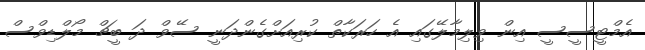
އެމްޓީސީސީ އިން ވިލިމާލޭގައި އެ ހަރަކާތް ކުރިއަށްގެންދަނީ ސޭވް ދަ ބީޗް މޯލްޑިވްސް